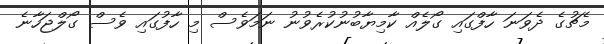
މެޗުގެ ދެވަނަ ހާފްގައި ގޯލެއް ކާމިޔާބުނުކުރެވުނު ނަމަވެސް މި ހާފުގައި ވެސް ގޯލްޖަހާނެ